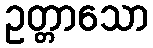
ဥတ္တာသော